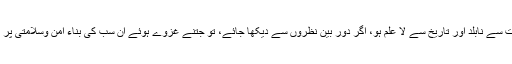
بظاہر یہ اعتراض صحیح بھی معلوم ہوتا ہے، لیکن جب کہ ایسا شخص کرے جو سیرت سے نابلد اور تاریخ سے لا علم ہو، اگر دور بین نظروں سے دیکھا جائے، تو جتنے غزوے ہوئے ان سب کی بناء امن وسلامتی پر ہی ہے، آئیے چند غزوات کے پس منظر پر غور کریں تاکہ حقیقت واشگاف ہو جائے۔